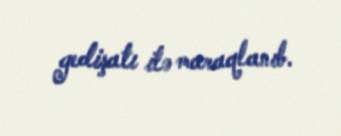
gedişatı ilə maraqlanıb.